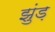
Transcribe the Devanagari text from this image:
झुंड़